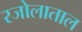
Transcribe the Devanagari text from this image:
रजोलाताल